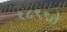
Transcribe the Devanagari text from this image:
१८९९ते